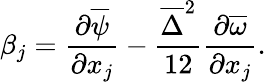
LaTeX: \beta_{j}=\frac{\partial\overline{{\psi}}}{\partial x_{j}}-\frac{\overline{{\Delta}}^{2}}{12}\frac{\partial\overline{{\omega}}}{\partial x_{j}}.